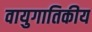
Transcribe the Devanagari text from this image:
वायुगातिकीय